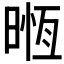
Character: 𣈶